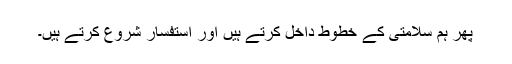
پھر ہم سلامتی کے خطوط داخل کرتے ہیں اور استفسار شروع کرتے ہیں۔